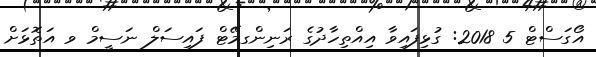
އޯގަސްޓް 5 2018: ގުޅިފައިވާ އިއްތިހާދުގެ ރަނިންގމޭޓް ފައިސަލް ނަސީމް ވ އަތޮޅަށް